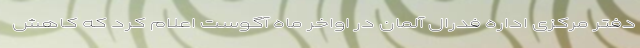
دفتر مرکزی اداره فدرال آلمان در اواخر ماه آگوست اعلام کرد که کاهش